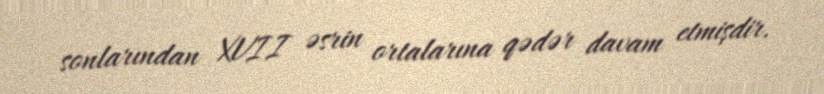
sonlarından XVII əsrin ortalarına qədər davam etmişdir.